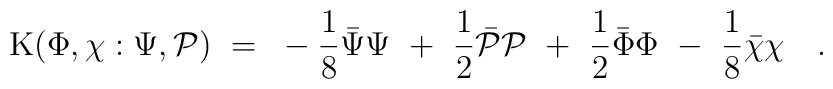
{\rm K} ( \Phi, \chi: \Psi , {\cal P} ) ~=~ - \frac 18 {\bar {\Psi}}{\Psi}  ~+~ \frac 12 {\bar {\cal P}} {\cal P} ~+~ \frac 12 {\bar \Phi}{\Phi} ~-~ \frac 18 {\bar {\chi}} {\chi} ~~~  .